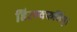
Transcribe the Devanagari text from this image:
हिरण्यकशिपु।